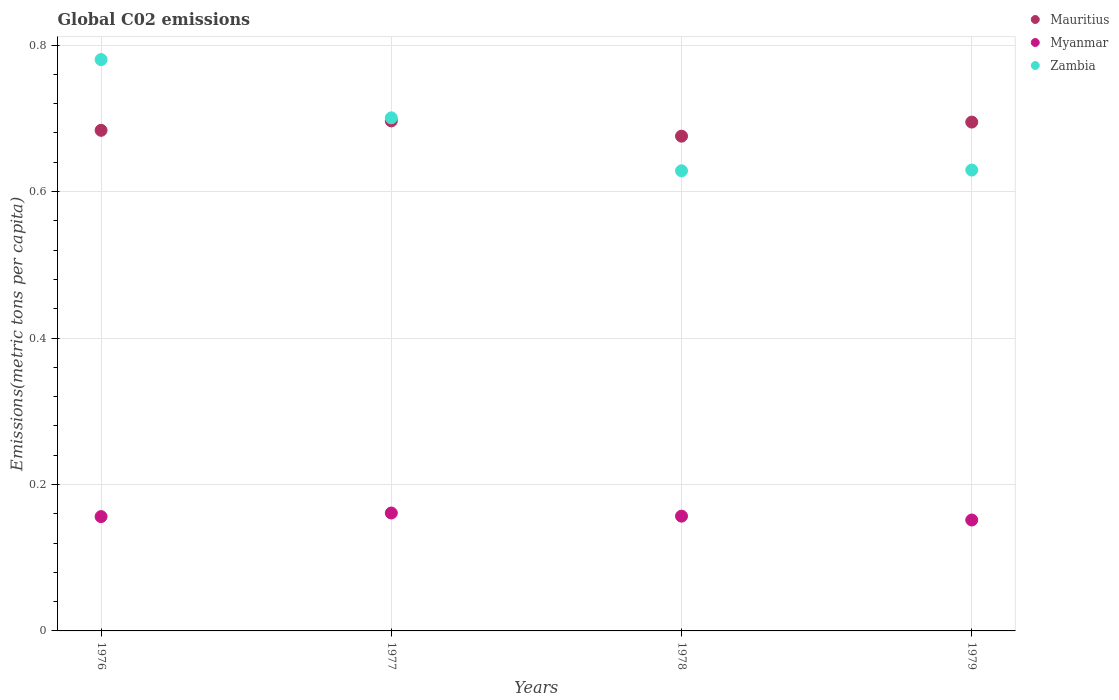
| Years | Mauritius | Myanmar | Zambia |
 | --- | --- | --- | --- |
 | 1976 | 0.684 | 0.156 | 0.78 |
 | 1977 | 0.696 | 0.161 | 0.701 |
 | 1978 | 0.676 | 0.157 | 0.628 |
 | 1979 | 0.695 | 0.151 | 0.629 |